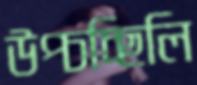
উপ্‌চচ্ছিলি